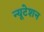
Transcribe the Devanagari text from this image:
न्यूटेशन